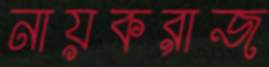
নায়করাজ